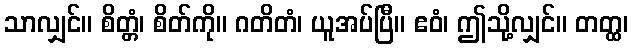
သာလျှင်။ စိတ္တံ၊ စိတ်ကို။ ဂတိတံ၊ ယူအပ်ပြီ။ ဧဝံ၊ ဤသို့လျှင်။ တတ္ထ၊